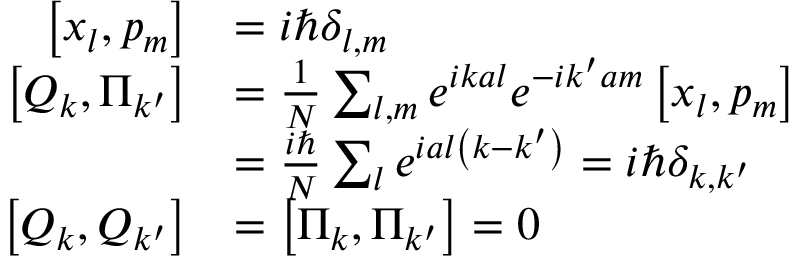
{ \begin{array} { r l } { \left[ x _ { l } , p _ { m } \right] } & { = i \hbar \delta _ { l , m } } \\ { \left[ Q _ { k } , \Pi _ { k ^ { \prime } } \right] } & { = { \frac { 1 } { N } } \sum _ { l , m } e ^ { i k a l } e ^ { - i k ^ { \prime } a m } \left[ x _ { l } , p _ { m } \right] } \\ & { = { \frac { i \hbar } { N } } \sum _ { l } e ^ { i a l \left( k - k ^ { \prime } \right) } = i \hbar \delta _ { k , k ^ { \prime } } } \\ { \left[ Q _ { k } , Q _ { k ^ { \prime } } \right] } & { = \left[ \Pi _ { k } , \Pi _ { k ^ { \prime } } \right] = 0 } \end{array} }